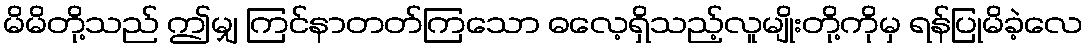
မိမိတို့သည် ဤမျှ ကြင်နာတတ်ကြသော ဓလေ့ရှိသည့်လူမျိုးတို့ကိုမှ ရန်ပြုမိခဲ့လေ